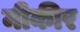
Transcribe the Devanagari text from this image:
मीकीर